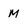
Character: M